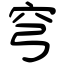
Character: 穹